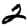
Digit: 2